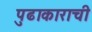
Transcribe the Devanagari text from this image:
पुढाकाराची